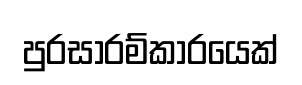
පුරසාරම්කාරයෙක්